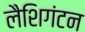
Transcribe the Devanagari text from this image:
लैशिगंटन